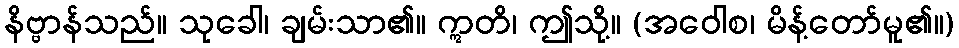
နိဗ္ဗာန်သည်။ သုခေါ၊ ချမ်းသာ၏။ ဣတိ၊ ဤသို့။ (အဝေါစ၊ မိန့်တော်မူ၏။)